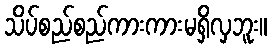
သိပ်စည်စည်ကားကားမရှိလှဘူး။